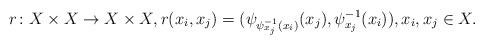
LaTeX: \begin{align*}r\colon X\times X\to X\times X, r(x_i,x_j)=(\psi_{\psi_{x_j}^{-1}(x_i)}(x_j),\psi^{-1}_{x_j}(x_i)),x_i,x_j\in X.\end{align*}